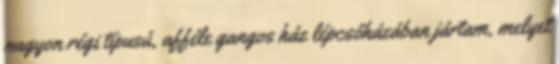
nagyon régi típusú, afféle gangos ház lépcsőházában jártam, melyet